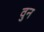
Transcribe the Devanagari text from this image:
वुन